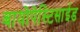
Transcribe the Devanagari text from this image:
बायोपेस्टिसाईड